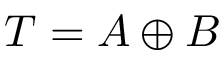
{ \cal T } = A \oplus B